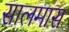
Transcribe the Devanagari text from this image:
सालमास